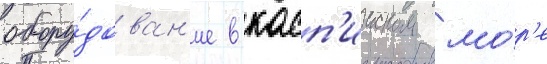
обору́дован'ие в касп'ииском мо́р'е